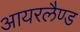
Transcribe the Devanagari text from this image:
आयरलैण्‍ड